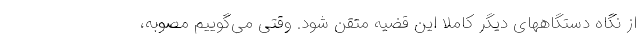
از نگاه دستگاههای دیگر کاملا این قضیه متقن شود. وقتی می‌گوییم مصوبه،